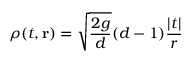
\rho ( t , { \bf r } ) = \sqrt { \frac { 2 g } { d } } ( d - 1 ) { \frac { | t | } { r } }